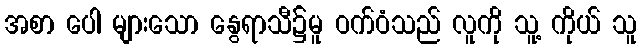
အစာ ပေါ များသော နွေရာသီ၌မူ ဝက်ဝံသည် လူကို သူ့ ကိုယ် သူ